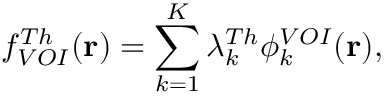
f _ { V O I } ^ { T h } ( \mathbf { r } ) = \sum _ { k = 1 } ^ { K } \lambda _ { k } ^ { T h } \phi _ { k } ^ { V O I } ( \mathbf { r } ) ,